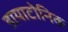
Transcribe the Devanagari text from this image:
डायाटोनिक